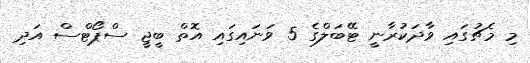
މި މެޗުގައި ވާދަކުރާނީ ޓޭބަލްގެ 5 ވަނައިގައި އޮތް ބީޖީ ސްޕޯޓްސް އަދި